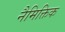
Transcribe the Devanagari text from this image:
नैमिक्तिक